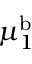
\mu _ { 1 } ^ { \mathrm { b } }